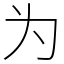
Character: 为